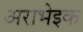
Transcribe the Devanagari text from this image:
अराभेइक